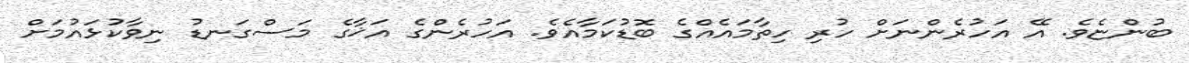
ބުންޏެވެ. އޭ އަހުރެންނަށް ހުރި ހިތާމައެއްގެ ބޮޑުކަމާއެވެ. އަހުރެންގެ އަޚާގެ މަސްގަނޑު ނިވާކުޅައުމަށް